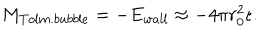
LaTeX: M _ { T o l m . b u b b l e } = - E _ { w a l l } \approx - 4 \pi r _ { 0 } ^ { 2 } \epsilon .